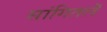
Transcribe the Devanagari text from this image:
सांगितलॆ